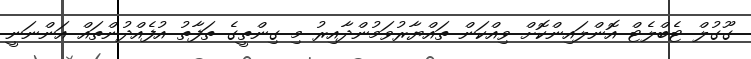
ގޫގުލް ޓެބްލެޓް އޮންލައިންކޮށް ވިއްކަން ތައްޔާރުވަމުންދާއިރު މި ގިންތީގެ ތަފާތު އުފެއްދުންތައް އަންނަނީ